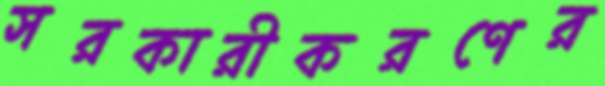
সরকারীকরণের